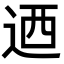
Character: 迺